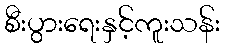
စီးပွားရေးနှင့်ကူးသန်း